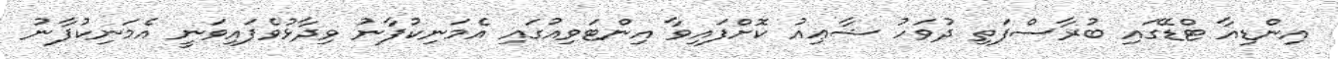
އިންޑިއާ ޓްޑޭގައި ބުރާސްފަތި ދުވަހު ޝާޢިއު ކޮށްފައިވާ އިންޓަވިއުގައި އެމަނިކުފާނު ވިދާޅުވެފައިވަނީ އެމަނިކުފާނު